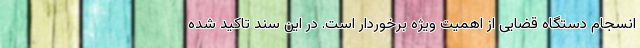
انسجام دستگاه قضایی از اهمیت ویژه برخوردار است. در این سند تاکید شده